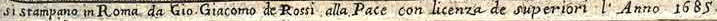
si stampano in Roma da Gio Giacomo de Rossi alla Pace con licenza de superiori l Anno 1685